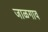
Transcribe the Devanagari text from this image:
जाळगाव